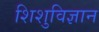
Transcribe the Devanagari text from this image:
शिशुविज्ञान